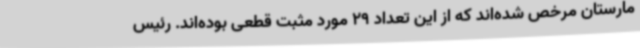
مارستان مرخص شده‌اند که از این تعداد 29 مورد مثبت قطعی بوده‌اند. رئیس